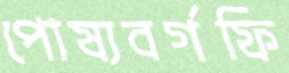
পোষ্যবর্গফি